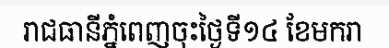
រាជធានីភ្នំពេញចុះថ្ងៃទី១៤ ខែមករា